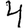
Digit: 4